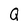
Character: Q